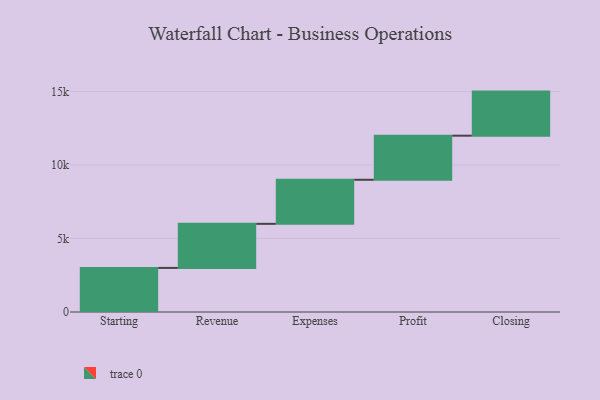
{"axis": {"x": "Step", "y": "Value"}, "legend": [""], "data": [{"x": "Starting", "y": 3000, "type": ""}, {"x": "Revenue", "y": 3000, "type": ""}, {"x": "Expenses", "y": 3000, "type": ""}, {"x": "Profit", "y": 3000, "type": ""}, {"x": "Closing", "y": 3000, "type": ""}]}